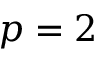
p = 2